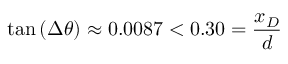
\tan \left( \Delta \theta \right) \approx 0 . 0 0 8 7 < 0 . 3 0 = \frac { x _ { D } } { d }